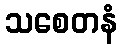
သစေတနံ